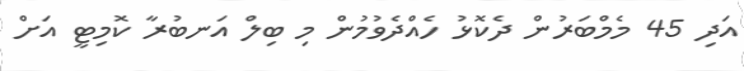
އަދި 45 މެމްބަރުން ދެކޮޅު ހެއްދެވުމުން މި ބިލް އަނބުރާ ކޮމިޓީ އަށް